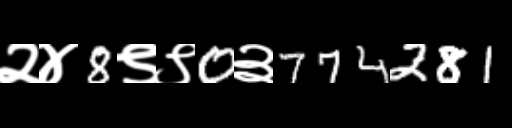
Text: २४8९९0३774281